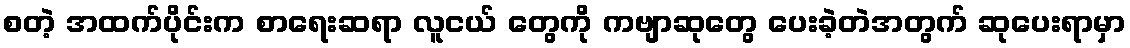
စတဲ့ အထက်ပိုင်းက စာရေးဆရာ လူငယ် တွေကို ကဗျာဆုတွေ ပေးခဲ့တဲအတွက် ဆုပေးရာမှာ